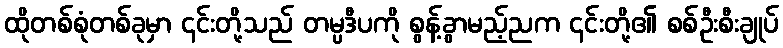
ထိုတစ်စုံတစ်ခုမှာ ၎င်းတို့သည် တမ္ပဒီပကို စွန့်ခွာမည့်ညက ၎င်းတို့၏ စစ်ဦးစီးချုပ်